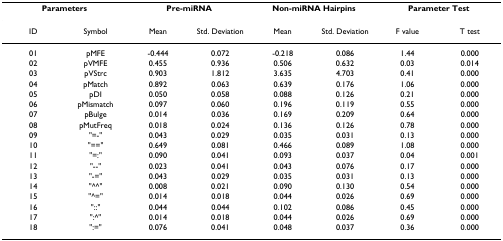
<table><thead><tr><td colspan="2"><b>Parameters</b></td><td colspan="2"><b>Pre-miRNA</b></td><td colspan="2"><b>Non-miRNA Hairpins</b></td><td colspan="2"><b>Parameter Test</b></td></tr></thead><tbody><tr><td>ID</td><td>Symbol</td><td>Mean</td><td>Std. Deviation</td><td>Mean</td><td>Std. Deviation</td><td>F value</td><td>T test</td></tr><tr><td>01</td><td>pMFE</td><td>-0.444</td><td>0.072</td><td>-0.218</td><td>0.086</td><td>1.44</td><td>0.000</td></tr><tr><td>02</td><td>pVMFE</td><td>0.455</td><td>0.936</td><td>0.506</td><td>0.632</td><td>0.03</td><td>0.014</td></tr><tr><td>03</td><td>pVStrc</td><td>0.903</td><td>1.812</td><td>3.635</td><td>4.703</td><td>0.41</td><td>0.000</td></tr><tr><td>04</td><td>pMatch</td><td>0.892</td><td>0.063</td><td>0.639</td><td>0.176</td><td>1.06</td><td>0.000</td></tr><tr><td>05</td><td>pDI</td><td>0.050</td><td>0.058</td><td>0.088</td><td>0.126</td><td>0.21</td><td>0.000</td></tr><tr><td>06</td><td>pMismatch</td><td>0.097</td><td>0.060</td><td>0.196</td><td>0.119</td><td>0.55</td><td>0.000</td></tr><tr><td>07</td><td>pBulge</td><td>0.014</td><td>0.036</td><td>0.169</td><td>0.209</td><td>0.64</td><td>0.000</td></tr><tr><td>08</td><td>pMutFreq</td><td>0.018</td><td>0.024</td><td>0.136</td><td>0.126</td><td>0.78</td><td>0.000</td></tr><tr><td>09</td><td>&quot;=-&quot;</td><td>0.043</td><td>0.029</td><td>0.035</td><td>0.031</td><td>0.13</td><td>0.000</td></tr><tr><td>10</td><td>&quot;==&quot;</td><td>0.649</td><td>0.081</td><td>0.466</td><td>0.089</td><td>1.08</td><td>0.000</td></tr><tr><td>11</td><td>&quot;=:&quot;</td><td>0.090</td><td>0.041</td><td>0.093</td><td>0.037</td><td>0.04</td><td>0.001</td></tr><tr><td>12</td><td>&quot;--&quot;</td><td>0.023</td><td>0.041</td><td>0.043</td><td>0.076</td><td>0.17</td><td>0.000</td></tr><tr><td>13</td><td>&quot;-=&quot;</td><td>0.043</td><td>0.029</td><td>0.035</td><td>0.031</td><td>0.13</td><td>0.000</td></tr><tr><td>14</td><td>&quot;^^&quot;</td><td>0.008</td><td>0.021</td><td>0.090</td><td>0.130</td><td>0.54</td><td>0.000</td></tr><tr><td>15</td><td>&quot;^=&quot;</td><td>0.014</td><td>0.018</td><td>0.044</td><td>0.026</td><td>0.69</td><td>0.000</td></tr><tr><td>16</td><td>&quot;::&quot;</td><td>0.044</td><td>0.044</td><td>0.102</td><td>0.086</td><td>0.45</td><td>0.000</td></tr><tr><td>17</td><td>&quot;:^&quot;</td><td>0.014</td><td>0.018</td><td>0.044</td><td>0.026</td><td>0.69</td><td>0.000</td></tr><tr><td>18</td><td>&quot;:=&quot;</td><td>0.076</td><td>0.041</td><td>0.048</td><td>0.037</td><td>0.36</td><td>0.000</td></tr></tbody></table>